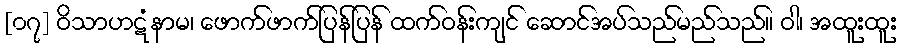
[၀၇] ဝိသာဟဋံနာမ၊ ဖောက်ဖာက်ပြန်ပြန် ထက်ဝန်းကျင် ဆောင်အပ်သည်မည်သည်။ ဝါ၊ အထူးထူး